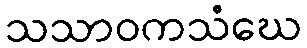
သသာဝကသံဃေ